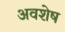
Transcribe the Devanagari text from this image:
अवशेष्‍ा